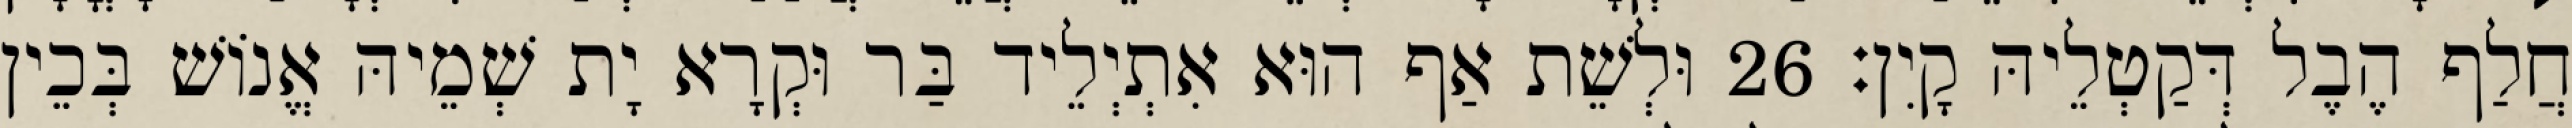
חֲלַף הֶבֶל דְּקַטְלֵיהּ קָיִן׃ 26 וּלְשֵׁת אַף הוּא אִתְיְלֵיד בַּר וּקְרָא יָת שְׁמֵיהּ אֱנוֹשׁ בְּכֵין